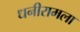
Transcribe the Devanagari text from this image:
धनीरामला